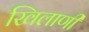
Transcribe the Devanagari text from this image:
खिलाणी